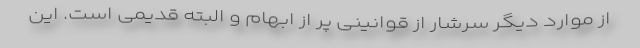
از موارد دیگر سرشار از قوانینی پر از ابهام و البته قدیمی است. این